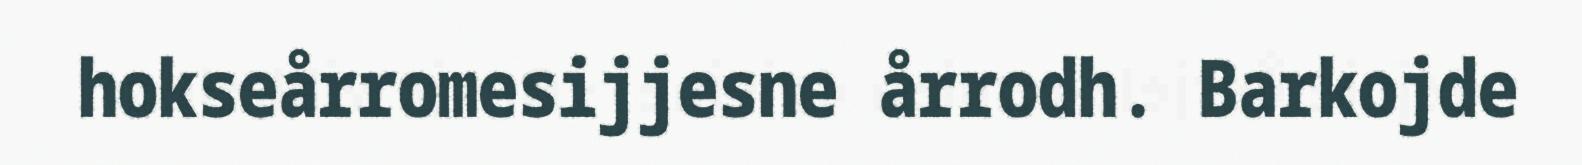
hokseårromesijjesne årrodh. Barkojde